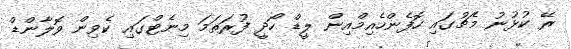
ރޭ ކުޅުނު މެޗުގައި ހޮފެންހެއިމްއިން ލީޑް ހޯދީ ފުރަތަމަ މިނެޓްގައި ކެވިން ވޮލާންޑް